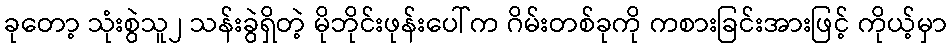
ခုတော့ သုံးစွဲသူ၂ သန်းခွဲရှိတဲ့ မိုဘိုင်းဖုန်းပေါ်က ဂိမ်းတစ်ခုကို ကစားခြင်းအားဖြင့် ကိုယ့်မှာ